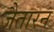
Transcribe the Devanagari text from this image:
जैतारन